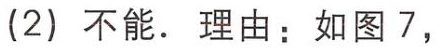
(2) 不能. 理由：如图 7,